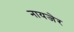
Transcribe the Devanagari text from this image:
नायजेर